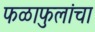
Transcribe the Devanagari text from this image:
फळाफुलांचा